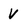
Character: V